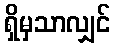
ရှိမှသာလျှင်